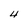
Character: 4